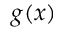
g ( x )